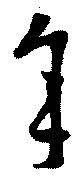
年